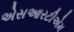
એસઆરટીએમ